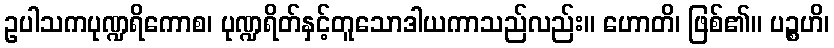
ဥပါသကပုဏ္ဍရိကောစ၊ ပုဏ္ဍရိတ်နှင့်တူသောဒါယကာသည်လည်း။ ဟောတိ၊ ဖြစ်၏။ ပဉ္စဟိ၊